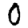
Digit: 0